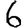
Digit: 6